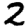
Digit: 2